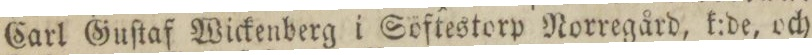
Carl Guſtaf Wickenberg i Söftestorp Norregård, k:de, och